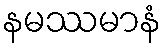
နမဿမာနံ